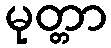
မုတ္တာ